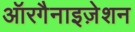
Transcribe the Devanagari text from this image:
ऑरगैनाइज़ेशन